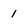
Character: 1